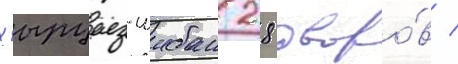
хырцыз-шибан 28 дворо́в /